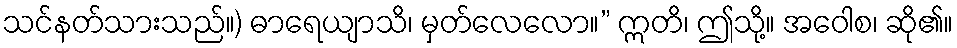
သင်နတ်သားသည်။) ဓာရေယျာသိ၊ မှတ်လေလော။” ဣတိ၊ ဤသို့။ အဝေါစ၊ ဆို၏။